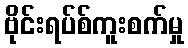
ဗိုင်းရပ်စ်ကူးစက်မှု